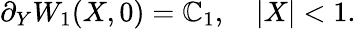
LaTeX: \partial_{Y}W_{1}(X,0)=\mathbb{C}_{1},\quad|X|<1.